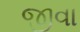
જીવા